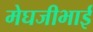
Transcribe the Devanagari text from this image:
मेघजीभाई